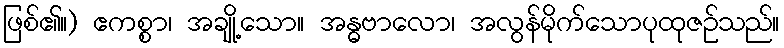
ဖြစ်၏။) ဧကစ္စာ၊ အချို့သော။ အန္ဓဗာလော၊ အလွန်မိုက်သောပုထုဇဉ်သည်။